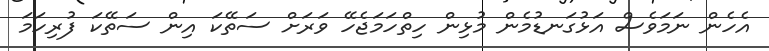
އެހެން ނަމަވެސް އަޅުގަނޑުމެން މުޅިން ހިތްހަމަޖެހޭ ވަރަށް ސަތޭކަ އިން ސަތޭކަ ފުރިހަމަ